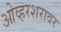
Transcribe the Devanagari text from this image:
ओव्हरशरावर